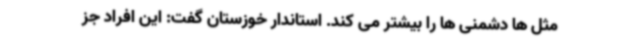
مثل ها دشمنی ها را بیشتر می کند. استاندار خوزستان گفت: این افراد جز